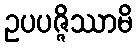
ဥပပဇ္ဇိဿာမိ